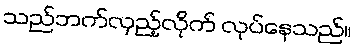
သည်ဘက်လှည့်လိုက် လုပ်နေသည်။